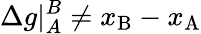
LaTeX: \Delta g|_{A}^{B}\neq x_{\mathrm{B}}-x_{\mathrm{A}}